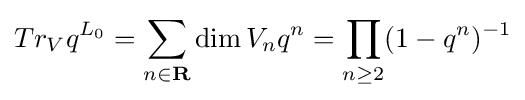
Tr_{V}q^{L_{0}}=\sum _{n\in \mathbf {R} }\dim V_{n}q^{n}=\prod _{n\geq 2}(1-q^{n})^{-1}